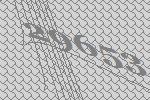
29653